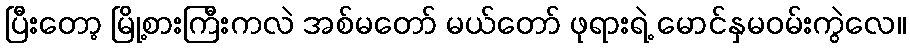
ပြီးတော့ မြို့စားကြီးကလဲ အစ်မတော် မယ်တော် ဖုရားရဲ့ မောင်နှမဝမ်းကွဲလေ။